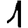
Digit: 1